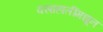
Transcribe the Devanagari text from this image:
वसाहातींमधून